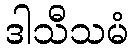
ဒါသီသမံ